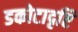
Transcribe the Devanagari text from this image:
डकोटादृष्टि